Annual administration and progress report of the Indian Medical Department, Bombay
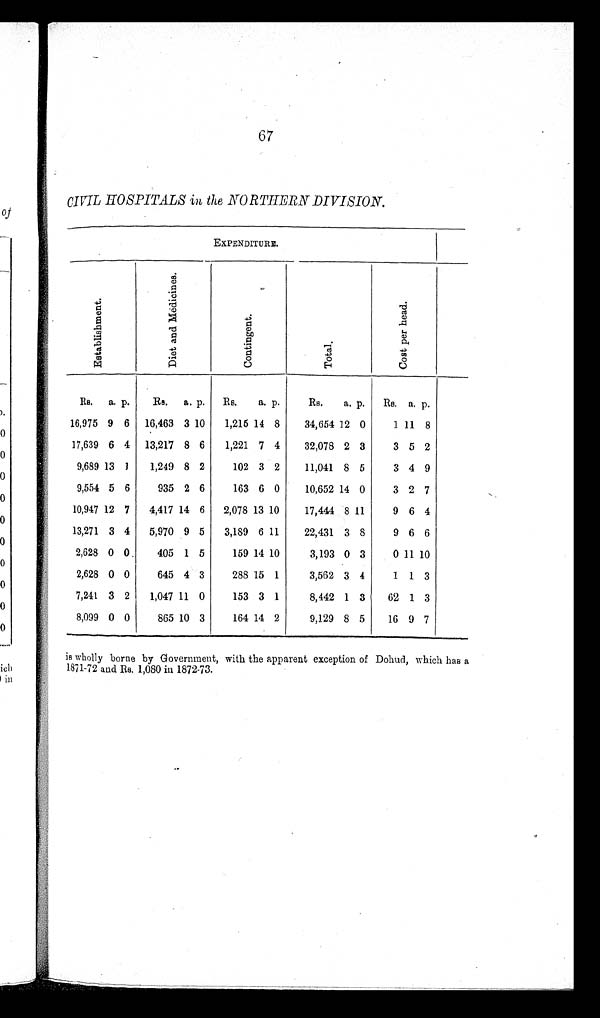
67
CIVIL HOSPITALS in the NORTHERN DIVISION.
EXPENDITURE.
E s t a b l i s h m e n t .
D i e t a n d M e d i c i n e s .
C o n t i n g e n t . T o t a l .
C o s t p e r h e a d .
R s . a. p. Rs. a. p. Rs. a. p.
Rs. a. p. Rs. a. p.
16,975 9 6 16,463 3 10 1,215 14 8 34,654 12 0
1 11 8
17,639 6 4 13,217 8 6 1,221 7 4 32,078 2 3
3 5 2
9,689 13 1 1,249 8 2
102 3 2 11,041 8 5
3 4 9
9,554 5 6
935 2 6
163 6 0 10,652 14 0
3 2 7
10,947 12 7 4,417 14 6 2,078 13 10 17,444 8 11
9 6 4
13,271 3 4 5,970 9 5 3,189 6 11 22,431 3 8 9 6 6
2,628 0 0
405 1 5
159 14 10
3,193 0 3
0 11 10
2,628 0 0
645 4 3
288 15 1
3,562 3 4
1 1 3
7,241 3 2 1,047 11 0
153 3 1
8,442 1 3 62 1 3
8,099 0 0
865 10 3
164 14 2
9,129 8 5 16 9 7
is wholly borne by Government, with the apparent exception of Dohud, which has a
1871–72 and Rs. 1,080 in 1872–73.